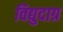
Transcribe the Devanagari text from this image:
विद्युदाग्र